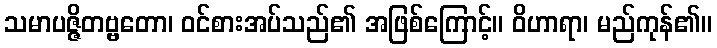
သမာပဇ္ဇိတဗ္ဗတော၊ ဝင်စားအပ်သည်၏ အဖြစ်ကြောင့်။ ဝိဟာရာ၊ မည်ကုန်၏။